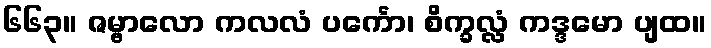
၆၆၃။ ဇမ္ဗာလော ကလလံ ပင်္ကော၊ စိက္ခလ္လံ ကဒ္ဒမော ပျထ။